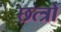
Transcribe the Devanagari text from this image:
छत्त्रो